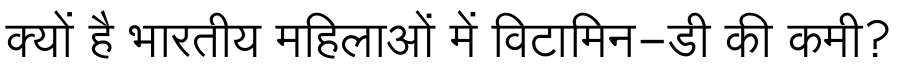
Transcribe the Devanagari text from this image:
क्यों है भारतीय महिलाओं में विटामिन-डी की कमी?